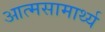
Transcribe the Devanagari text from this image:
आत्मसामार्थ्य